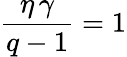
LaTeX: \frac{\eta\, \gamma}{q-1}=1